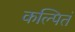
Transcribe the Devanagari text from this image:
कल्पितं